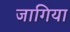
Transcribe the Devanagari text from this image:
जागिया